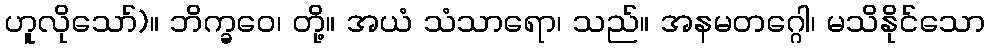
ဟူလိုသော်)။ ဘိက္ခဝေ၊ တို့။ အယံ သံသာရော၊ သည်။ အနမတဂ္ဂေါ၊ မသိနိုင်သော